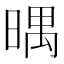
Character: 㬂